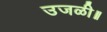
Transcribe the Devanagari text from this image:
उजळी॥